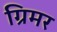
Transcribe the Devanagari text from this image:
ग्रिमर